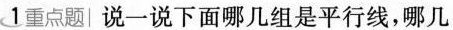
1 重点题 说一说下面哪几组是平行线，哪几